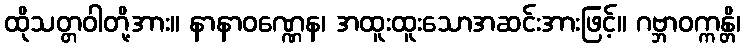
ထိုသတ္တဝါတို့အား။ နာနာဝဏ္ဏေန၊ အထူးထူးသောအဆင်းအားဖြင့်။ ဂဗ္ဘာဝက္ကန္တိ၊